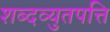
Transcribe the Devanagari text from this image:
शब्दव्युतपत्ति